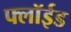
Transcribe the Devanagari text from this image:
फ्लॉईड